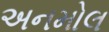
અનમોલ